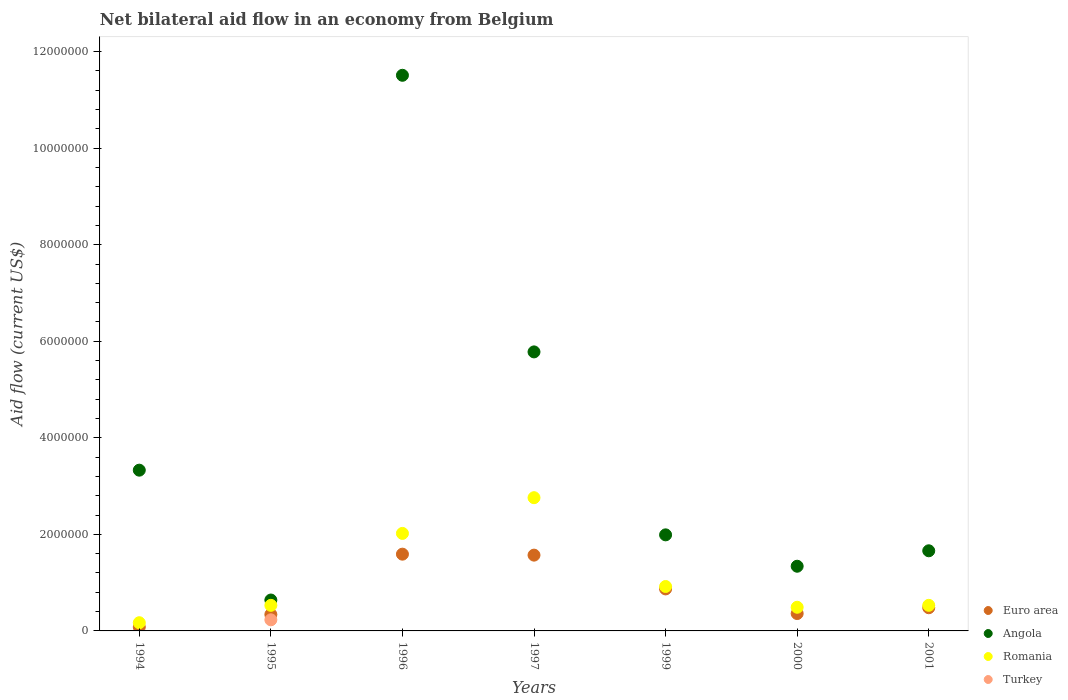
| Years | Euro area | Angola | Romania | Turkey |
 | --- | --- | --- | --- | --- |
 | 1994 | 8e+04 | 3.33e+06 | 1.7e+05 | -2.99e+06 |
 | 1995 | 3.4e+05 | 6.4e+05 | 5.3e+05 | 2.3e+05 |
 | 1996 | 1.59e+06 | 1.15e+07 | 2.02e+06 | -4.53e+06 |
 | 1997 | 1.57e+06 | 5.78e+06 | 2.76e+06 | -4.29e+06 |
 | 1999 | 8.7e+05 | 1.99e+06 | 9.2e+05 | -3.76e+06 |
 | 2000 | 3.6e+05 | 1.34e+06 | 4.9e+05 | -1.7e+05 |
 | 2001 | 4.8e+05 | 1.66e+06 | 5.3e+05 | -4.33e+06 |